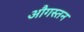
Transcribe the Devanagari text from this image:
औगस्तन